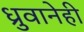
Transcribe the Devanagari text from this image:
ध्रुवानेही